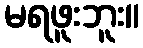
မရဖူးဘူး။